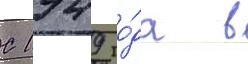
С 1949 го́да в